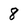
Character: 8